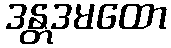
ဒန္တဒမထော